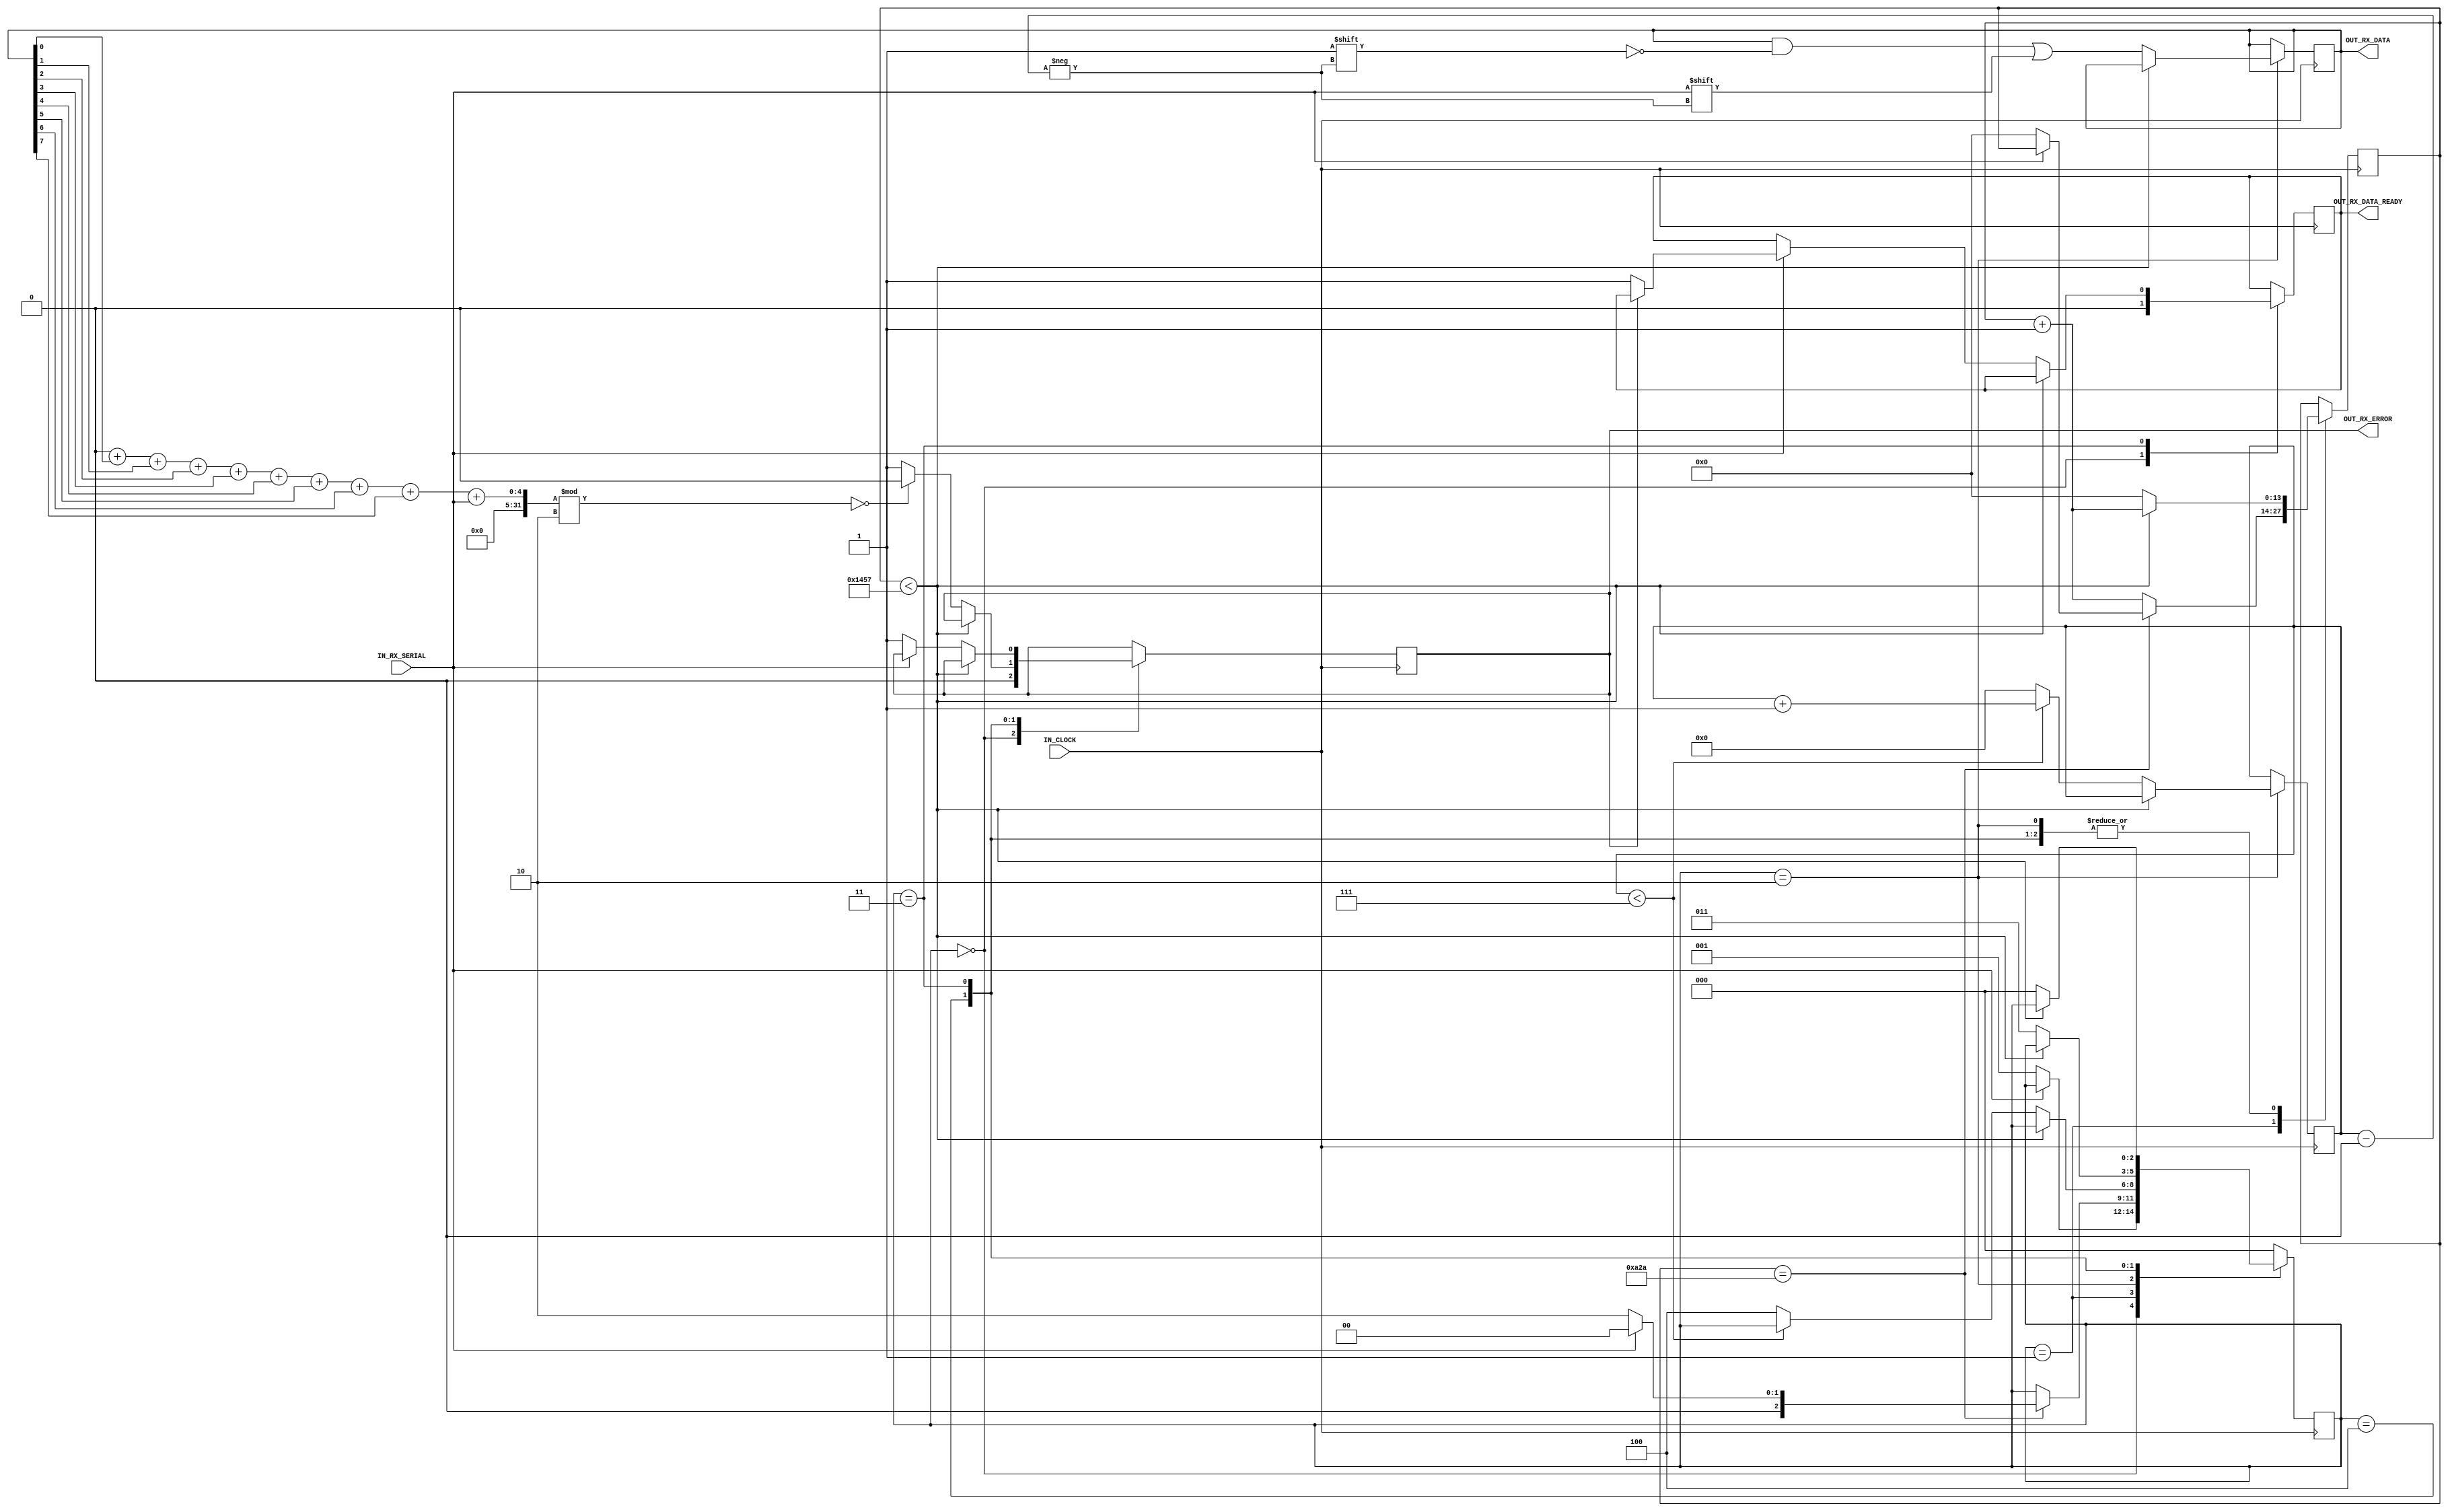
module UART_FPGA_RX 
  #(
  parameter UART_BAUD_RATE							=9600,
  //baud 
  parameter CLOCK_FREQUENCY						=50000000,
  //frequency IN_CLOCK
  parameter PARITY									=1,
  //parameter of parity bit in package
  //PARITY==0	:	package without parity bit
  //PARITY==1	:	package contains parity bit
  //PARITY==2	:	package contains odd bit
  parameter NUM_OF_DATA_BITS_IN_PACK			=8,//number of data bits in package
  parameter CLKS_PER_BIT_LOG_2					=$clog2(CLOCK_FREQUENCY/UART_BAUD_RATE), 
  //the number of bits for the register of the main counter
  parameter NUM_OF_DATA_BITS_IN_PACK_LOG_2	=$clog2(NUM_OF_DATA_BITS_IN_PACK)
  //the number of bits for the register of bit counter 
  )
  (
   input        											IN_CLOCK,			//input clock
   input       											IN_RX_SERIAL,		//UART RX port
   output reg   											OUT_RX_DATA_READY,//set brifely when a data package is received
   output reg   [NUM_OF_DATA_BITS_IN_PACK-1:0] 	OUT_RX_DATA,		//received data package 
	output reg   											OUT_RX_ERROR		//read error indicator
   );
  localparam CLKS_PER_BIT 		  = CLOCK_FREQUENCY/UART_BAUD_RATE ;
  //the number of IN_CLOCK cycles of the main generator 
  //for the transmission of one data bit
  
  //finit state machine 
  localparam STATE_WAIT         = 3'b000;//state wait start bit
  //  -   
  localparam STATE_RX_START_BIT = 3'b001;//state wait half start bit to chack bus status again
  //  -
  localparam STATE_RX_DATA_BITS = 3'b010;//state package read
  //   
  localparam STATE_RX_STOP_BIT  = 3'b011;//state wait stop bit
  //  -
  localparam STATE_RX_PARITY_BIT= 3'b100;//state wait and check parity bit
  //   /
  //internal registers// 
  
  reg [CLKS_PER_BIT_LOG_2:0]							REG_CLOCK_COUNT;	//main counter 
  reg [NUM_OF_DATA_BITS_IN_PACK_LOG_2:0]     	REG_BIT_INDEX;		//bit index counter 
  reg [2:0]    											REG_STATE;			//this register contains FSM state
  //    
  initial begin
		//initial output registers
		OUT_RX_DATA_READY								=0;
		OUT_RX_DATA										=0;
		OUT_RX_ERROR									=0;
		//initial internal registers
		REG_CLOCK_COUNT								=0;
		REG_BIT_INDEX									=0;
		REG_STATE										=STATE_WAIT;
  end
  
  always @(posedge IN_CLOCK)
  begin
		case (REG_STATE)
			STATE_WAIT:
         begin
            OUT_RX_DATA_READY				<= 1'b0;
            OUT_RX_ERROR			  		<= 0;
            if (IN_RX_SERIAL == 1'b0)          // start bit detected// -
					REG_STATE <= STATE_RX_START_BIT;
         end
         STATE_RX_START_BIT :
         begin
				if (REG_CLOCK_COUNT == CLKS_PER_BIT/2-2)
				/*
				     
				   .
				       , 
				     ,
				       .
				    ,    
				.     . 
				*/
            begin
					if (IN_RX_SERIAL == 1'b0)
						begin
							REG_CLOCK_COUNT <= 0;  
							REG_STATE      <= STATE_RX_DATA_BITS;
                  end
               else
						   REG_STATE      <= STATE_WAIT; 
            end
            else REG_CLOCK_COUNT <= REG_CLOCK_COUNT + 1; 
         end 
         STATE_RX_DATA_BITS://   
         begin
				if (REG_CLOCK_COUNT < CLKS_PER_BIT-1)// 
                REG_CLOCK_COUNT <= REG_CLOCK_COUNT + 1;
            else
            begin
					REG_CLOCK_COUNT          	<= 0;
               OUT_RX_DATA[REG_BIT_INDEX] <= IN_RX_SERIAL;//  
               if (REG_BIT_INDEX < NUM_OF_DATA_BITS_IN_PACK-1)
						REG_BIT_INDEX <= REG_BIT_INDEX + 1;
               else
					begin
						REG_BIT_INDEX <= 0;
						if(PARITY!=0)//     
							REG_STATE   <= STATE_RX_PARITY_BIT;
						else
							REG_STATE   <= STATE_RX_STOP_BIT;
               end
            end
         end 
         STATE_RX_PARITY_BIT://  
			begin
				if (REG_CLOCK_COUNT < CLKS_PER_BIT-1)// 
					REG_CLOCK_COUNT <= REG_CLOCK_COUNT + 1;
            else
				begin
					REG_CLOCK_COUNT <= 0;
					REG_STATE   <= STATE_RX_STOP_BIT;
					case(PARITY)	//      
						1:OUT_RX_ERROR<=((sum_of_bits(OUT_RX_DATA)+IN_RX_SERIAL)%2==0) ?0:1;//  - 
						2:OUT_RX_ERROR<=((sum_of_bits(OUT_RX_DATA)+IN_RX_SERIAL)%2==0)?1:0;//  - 
					endcase	
				end
			end
			STATE_RX_STOP_BIT://  -
         begin
				if (REG_CLOCK_COUNT < CLKS_PER_BIT-1)
					REG_CLOCK_COUNT <= REG_CLOCK_COUNT + 1;
				else
				begin
					if(IN_RX_SERIAL)
					begin
						if(!OUT_RX_ERROR)
							OUT_RX_DATA_READY    <= 1'b1;
						REG_CLOCK_COUNT 			<= 0;// 
						REG_STATE   			   <= STATE_WAIT;
					end
					else
					begin
						OUT_RX_ERROR				<=1;//     ,  
						REG_STATE					<=STATE_WAIT;//    
						REG_CLOCK_COUNT			<=0;// 
					end
				end
			end               
         default :
				REG_STATE <= STATE_WAIT;//   REG_STATE    
      endcase
  end   
  function [NUM_OF_DATA_BITS_IN_PACK_LOG_2:0] sum_of_bits;//    
  //this function sums the bits in a register
		input [NUM_OF_DATA_BITS_IN_PACK-1:0] value;
		reg[NUM_OF_DATA_BITS_IN_PACK_LOG_2:0] sum;
		reg[NUM_OF_DATA_BITS_IN_PACK_LOG_2:0] i;
		begin
			sum=0;
			for (i=0;i<NUM_OF_DATA_BITS_IN_PACK;i=i+1)
				sum=sum+value[i];	
			sum_of_bits=sum;
		end
	endfunction   
endmodule